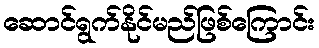
ဆောင်ရွက်နိုင်မည်ဖြစ်ကြောင်း